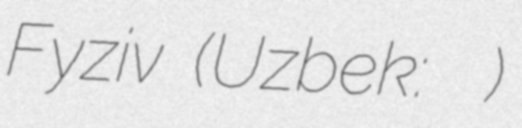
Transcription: Fаyziеv (Uzbek: Даврон Файзиев)